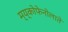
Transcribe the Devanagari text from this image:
म्य्कोफेनोलाते